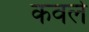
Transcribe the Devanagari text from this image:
कवले